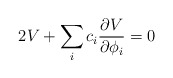
\begin{align*}2V + \sum_{i} c_i {{\partial V} \over {\partial \phi_i}} = 0\end{align*}